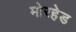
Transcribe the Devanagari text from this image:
मोरहेड